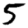
Digit: 5